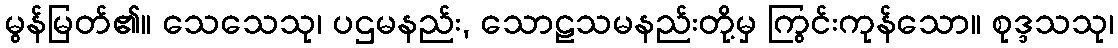
မွန်မြတ်၏။ သေသေသု၊ ပဌမနည်း, သောဠသမနည်းတို့မှ ကြွင်းကုန်သော။ စုဒ္ဒသသု၊